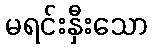
မရင်းနှီးသော